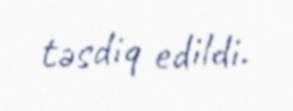
təsdiq edildi.